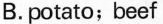
B.potato;beef